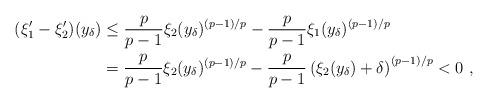
LaTeX: \begin{align*}(\xi_1'-\xi_2')(y_\delta) & \le \frac{p}{p-1} \xi_2(y_\delta)^{(p-1)/p} - \frac{p}{p-1} \xi_1(y_\delta)^{(p-1)/p} \\& = \frac{p}{p-1} \xi_2(y_\delta)^{(p-1)/p} - \frac{p}{p-1} \left( \xi_2(y_\delta) + \delta \right)^{(p-1)/p} < 0\ ,\end{align*}